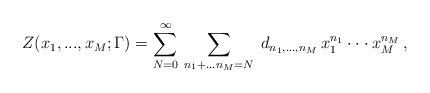
\begin{align*}Z(x_{1},...,x_{M};\Gamma) = \sum^{\infty}_{N=0}\,\sum_{n_{1}+...n_{M}=N}\;d_{n_{1},...,n_{M}}\, x_{1}^{n_{1}}\cdot\cdot\cdot x_{M}^{n_M}\,,\end{align*}